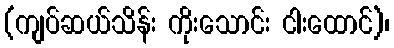
(ကျပ်ဆယ်သိန်း ကိုးသောင်း ငါးထောင်)၊